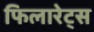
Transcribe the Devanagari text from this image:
फिलारेट्स